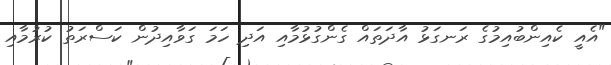
"އެއީ ކެއިންބުއިމުގެ ރަނގަޅު އާދަތައް ގެންގުޅުމާއި އަދި ހަމަ ގަވާއިދުން ކަސްރަތު ކުރުމާއި